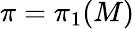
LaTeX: \pi=\pi_{1}(M)